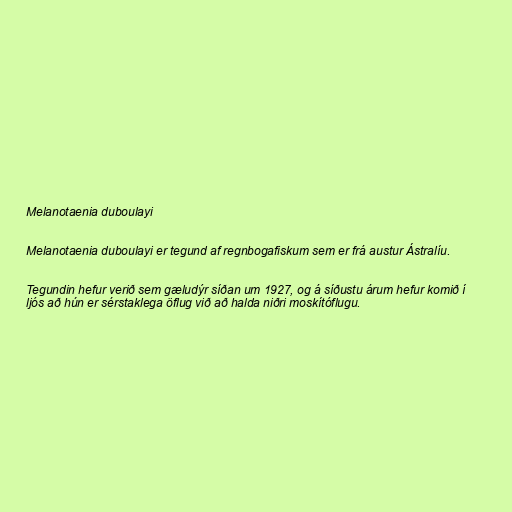
Melanotaenia duboulayi

Melanotaenia duboulayi er tegund af regnbogafiskum sem er frá austur Ástralíu.

Tegundin hefur verið sem gæludýr síðan um 1927, og á síðustu árum hefur komið í
ljós að hún er sérstaklega öflug við að halda niðri moskítóflugu.